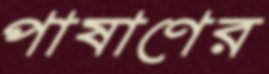
পাষাণের